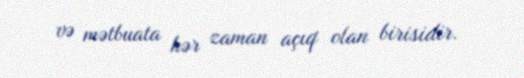
və mətbuata hər zaman açıq olan birisidir.